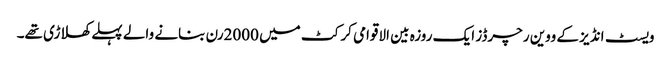
ویسٹ انڈیز کے ووین رچرڈز ایک روزہ بین الاقوامی کرکٹ میں 2000رن بنانے والے پہلے کھلاڑی تھے۔